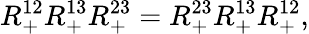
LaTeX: R_{+}^{12}R_{+}^{13}R_{+}^{23}=R_{+}^{23}R_{+}^{13}R_{+}^{12},